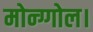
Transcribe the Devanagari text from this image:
मोन्ग्गोल।